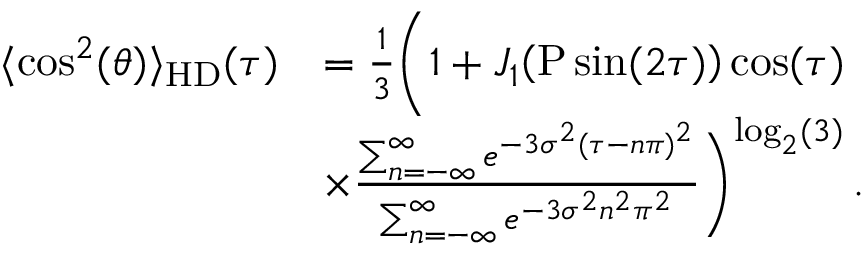
\begin{array} { r l } { \langle \cos ^ { 2 } ( \theta ) \rangle _ { \mathrm { H D } } ( \tau ) } & { = \frac { 1 } { 3 } \bigg ( 1 + J _ { 1 } { \left( \mathrm { P } \sin ( 2 \tau ) \right) } \cos ( \tau ) } \\ & { \times \frac { \sum _ { n = - \infty } ^ { \infty } e ^ { - 3 \sigma ^ { 2 } ( \tau - n \pi ) ^ { 2 } } } { \sum _ { n = - \infty } ^ { \infty } e ^ { - 3 \sigma ^ { 2 } n ^ { 2 } \pi ^ { 2 } } } \bigg ) ^ { \mathrm { l o g } _ { 2 } ( 3 ) } \, . } \end{array}